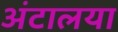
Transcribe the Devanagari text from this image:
अंटालया